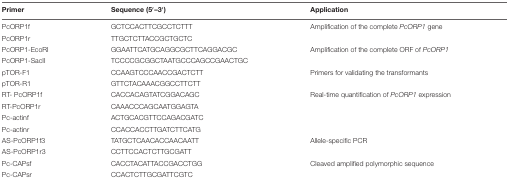
| Primer | Sequence (5′–3′) | Application |
 | --- | --- | --- |
 | PcORP1f | GCTCCACTTCGCCTCTTT | Amplification of the complete PcORP1 gene |
 | PcORP1r | TTGCTCTTACCGCTGCTC |  |
 | PcORP1-EcoRI | GGAATTCATGCAGGCGCTTCAGGACGC | Amplification of the complete ORF of PcORP1 |
 | PcORP1-SacII | TCCCCGCGGCTAATGCCCAGCCGAACTGC |  |
 | pTOR-F1 | CCAAGTCCCAACCGACTCTT | Primers for validating the transformants |
 | pTOR-R1 | GTTCTACAAACGGCCTTCTT |  |
 | RT- PcORP1f | CACCACAGTATCGGACAGC | Real-time quantification of PcORP1 expression |
 | RT-PcORP1r | CAAACCCAGCAATGGAGTA |  |
 | Pc-actinf | ACTGCACGTTCCAGACGATC |  |
 | Pc-actinr | CCACCACCTTGATCTTCATG |  |
 | AS-PcORP1f3 | TATGCTCAACACCAACAATT | Allele-specific PCR |
 | AS-PcORP1r3 | CCTTCCACTCTTGCGATT |  |
 | Pc-CAPsf | CACCTACATTACCGACCTGG | Cleaved amplified polymorphic sequence |
 | Pc-CAPsr | CCACTCTTGCGATTCGTC |  |